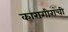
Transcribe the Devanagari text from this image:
कारागीरांची